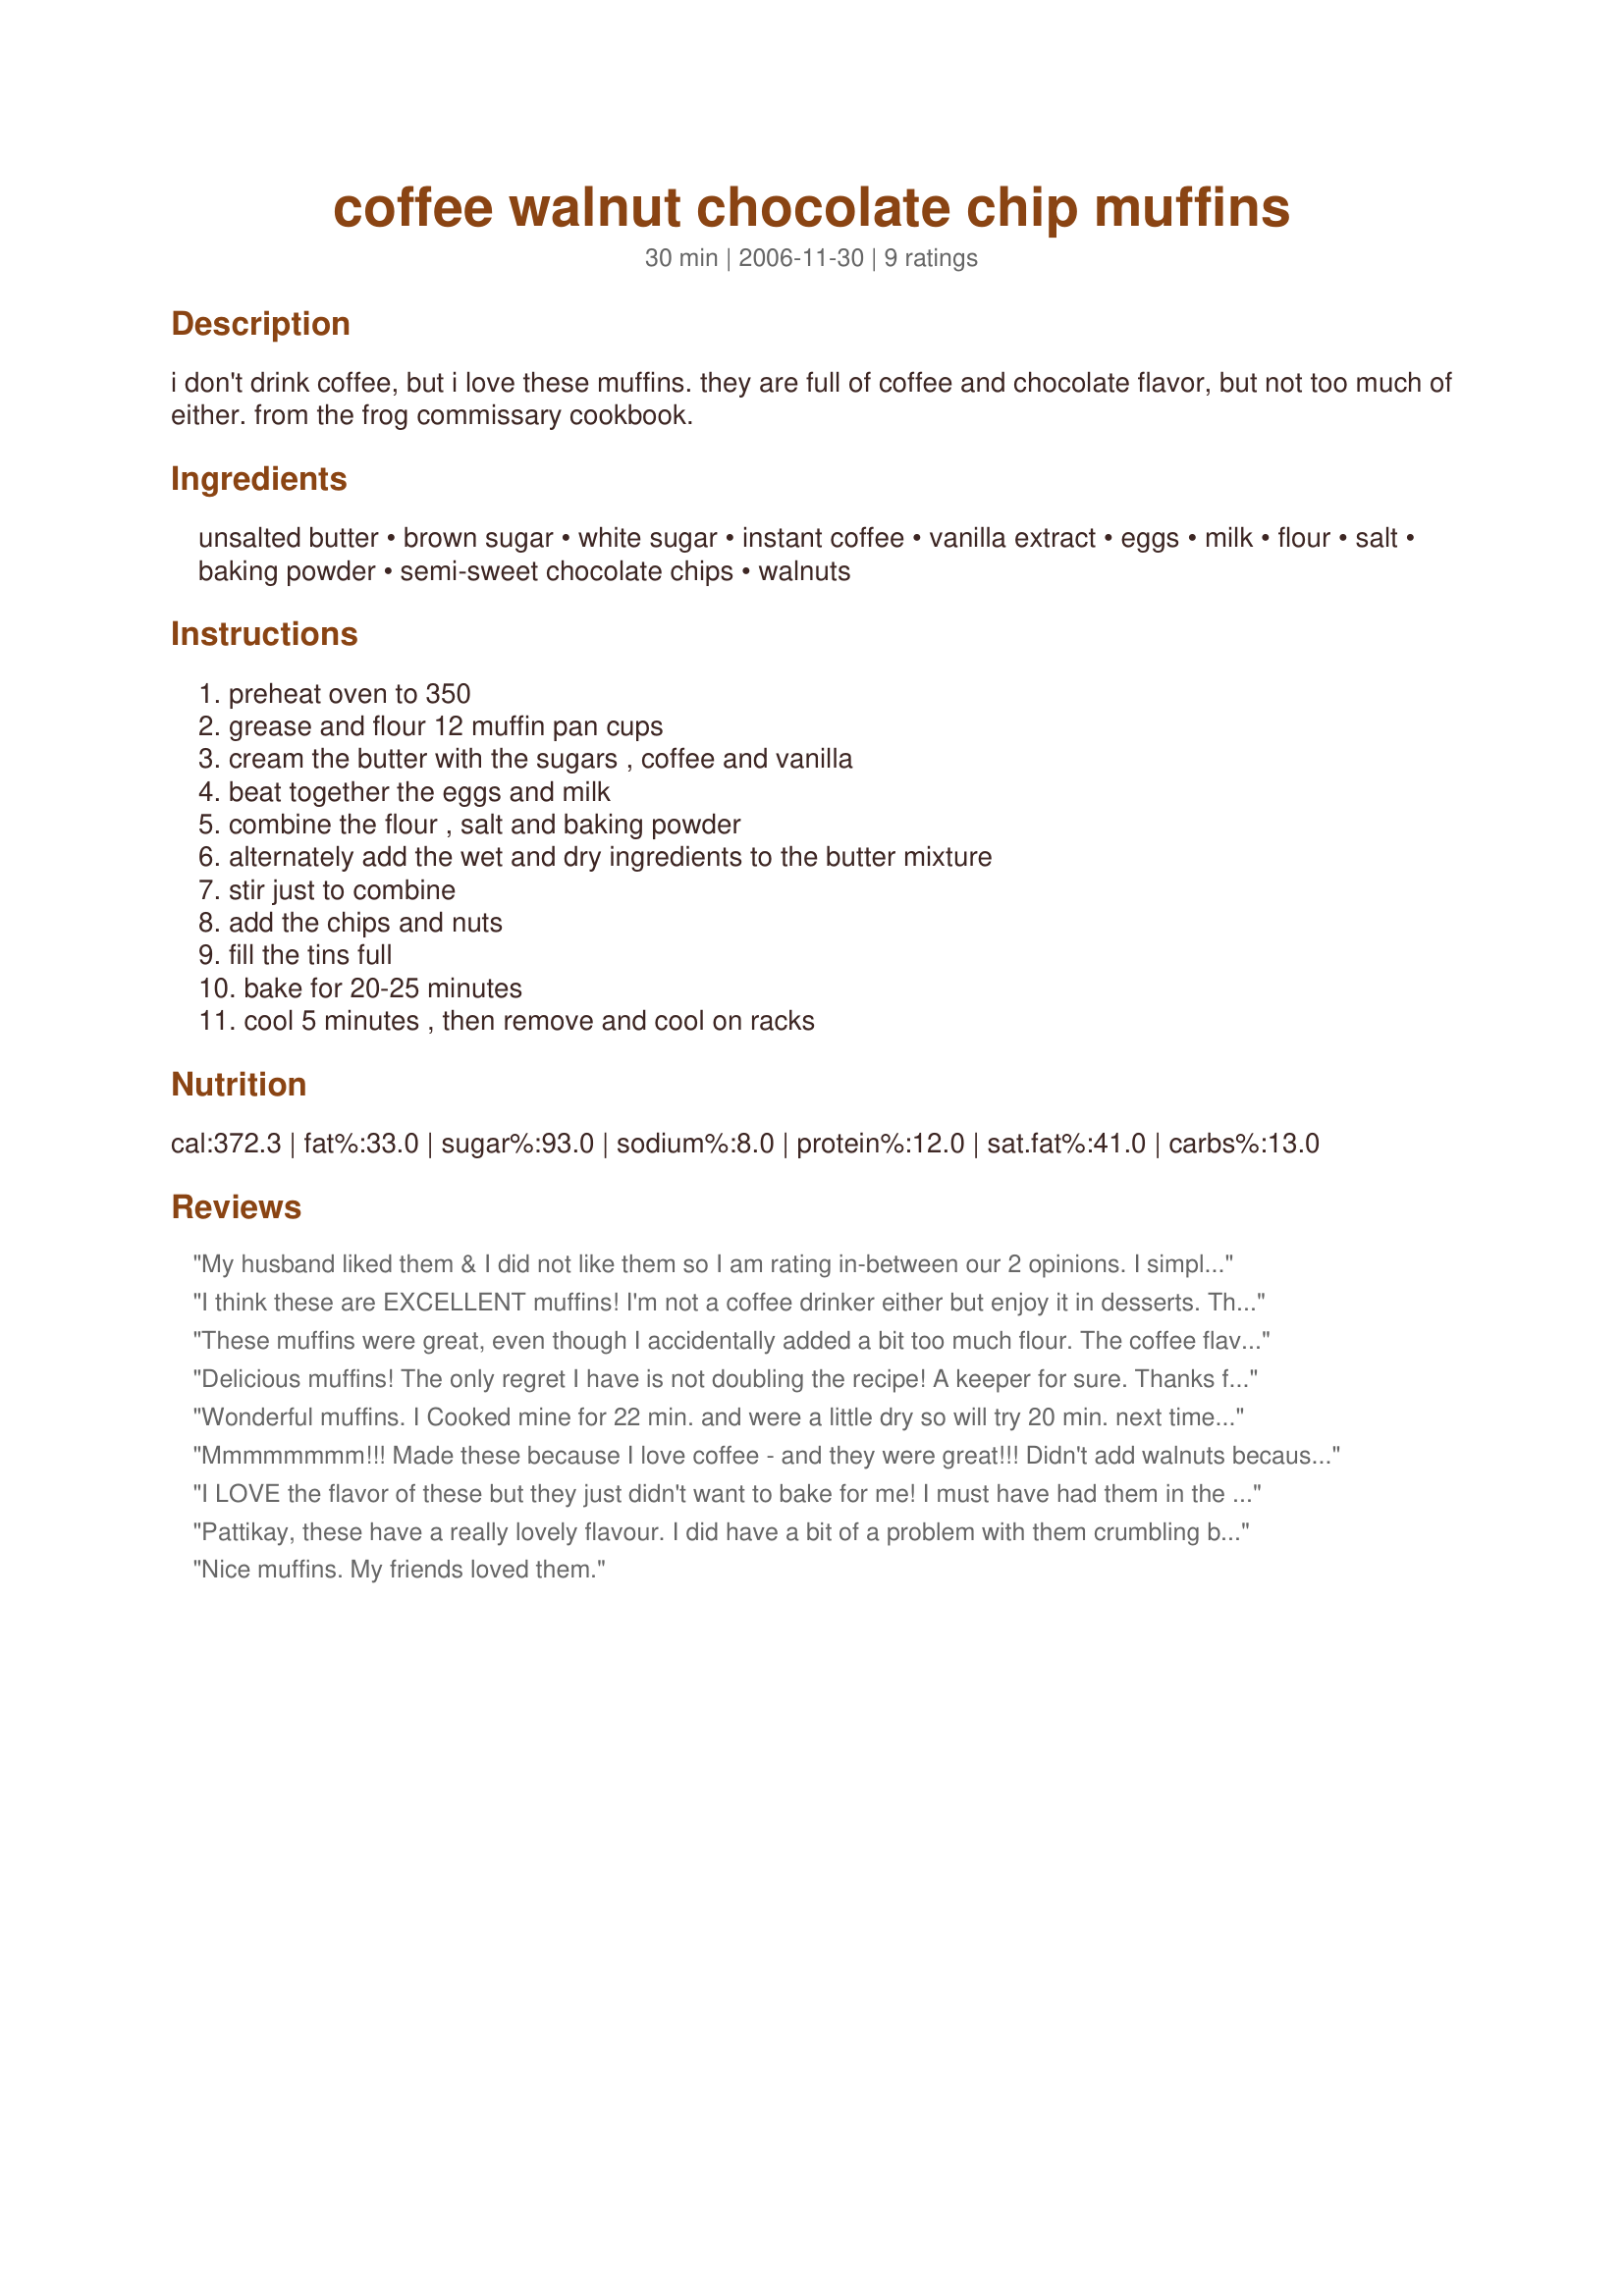
coffee walnut chocolate chip muffins
Preparation time: 30 minutes

i don't drink coffee, but i love these muffins. they are full of coffee and chocolate flavor, but not too much of either. from the frog commissary cookbook.

Ingredients:
unsalted butter, brown sugar, white sugar, instant coffee, vanilla extract, eggs, milk, flour, salt, baking powder, semi-sweet chocolate chips, walnuts

Steps:
preheat oven to 350, grease and flour 12 muffin pan cups, cream the butter with the sugars , coffee and vanilla, beat together the eggs and milk, combine the flour , salt and baking powder, alternately add the wet and dry ingredients to the butter mixture, stir just to combine, add the chips and nuts, fill the tins full, bake for 20-25 minutes, cool 5 minutes , then remove and cool on racks

Reviews:
My husband liked them & I did not like them so I am rating in-between our 2 opinions. I simply just didn't like the flavor at all.
I think these are EXCELLENT muffins! I'm not a coffee drinker either but enjoy it in desserts. This adapted well to using white whole wheat flour and Splenda products...I used 1/4 cup Splenda brown sugar blend for the brown sugar and 1/2 cup Splenda granular for the white sugar. I used 1 percent milk, decaf instant coffee, bourbon vanilla and added 1tsp of cinnamon. I decreased the chocolate chips to 1/2 cup and the walnuts to 1/2 cup. I think it would have been too chunky otherwise. These rose very nicely and were nice and soft with a great cappucino flavor. I think they improve overnight. Made for the Please Review game.
These muffins were great, even though I accidentally added a bit too much flour. The coffee flavor was just right. I will make these again, but will change the walnuts out for roasted almonds, and add a few more chocolate chips. Excellent!
Delicious muffins! The only regret I have is not doubling the recipe! A keeper for sure. Thanks for posting.
Wonderful muffins. I Cooked mine for 22 min. and were a little dry so will try 20 min. next time. Loved the coffee and chocolate combination.
Mmmmmmmm!!! Made these because I love coffee - and they were great!!! Didn't add walnuts because of family allergies and used butterscotch chips... as I ran out of the chocolate chips...!! Delicious muffins - very moist and tasty!! Thanks pattikay!!
I LOVE the flavor of these but they just didn't want to bake for me! I must have had them in the over for almost an hour and they still didn't cook through. Shhh... I ate them anyway LOL I will be retrying these for sure as I'm sure I screwed something up
Pattikay, these have a really lovely flavour. I did have a bit of a problem with them crumbling but that was probably my fault. Loved the flavour of the walnuts. The coffee flavour isn't at all strong. Thank you for posting.
Nice muffins. My friends loved them.
